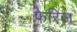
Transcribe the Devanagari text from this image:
फेरिज